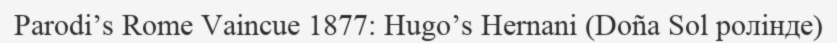
Parodi’s Rome Vaincue 1877: Hugo’s Hernani (Doña Sol ролінде)